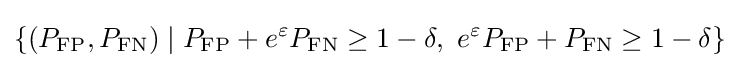
\{(P_{\text{FP}},P_{\text{FN}})\mid P_{\text{FP}}+e^{\varepsilon }P_{\text{FN}}\geq 1-\delta ,\ e^{\varepsilon }P_{\text{FP}}+P_{\text{FN}}\geq 1-\delta \}